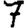
Digit: 7